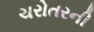
ચરોતરની